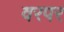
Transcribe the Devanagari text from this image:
वरपर